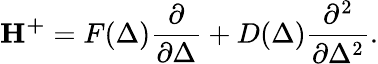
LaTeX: \mathbf{H^{+}}=F(\Delta)\frac{\partial}{\partial\Delta}+D(\Delta)\frac{\partial^{2}}{\partial\Delta^{2}}.